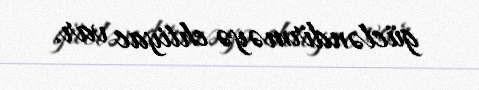
gücləndirməyə ehtiyac var.